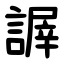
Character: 謘